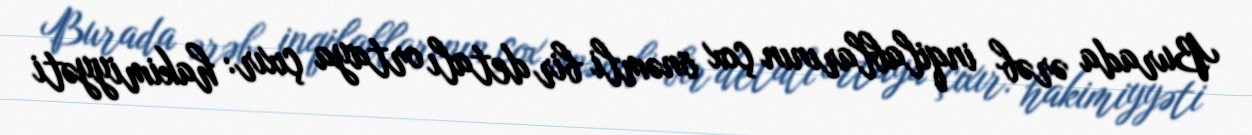
Burada ərəb inqilablarının çox önəmli bir detalı ortaya çıxır: hakimiyyəti